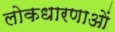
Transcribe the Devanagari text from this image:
लोकधारणाओं